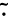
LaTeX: \tilde{\cdot}